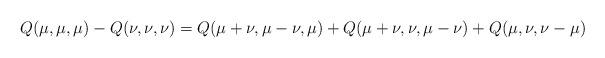
LaTeX: \begin{align*} Q(\mu,\mu, \mu)-Q(\nu, \nu,\nu) = Q(\mu+\nu, \mu-\nu, \mu)+ Q(\mu+\nu, \nu, \mu-\nu) +Q(\mu, \nu, \nu-\mu)\end{align*}